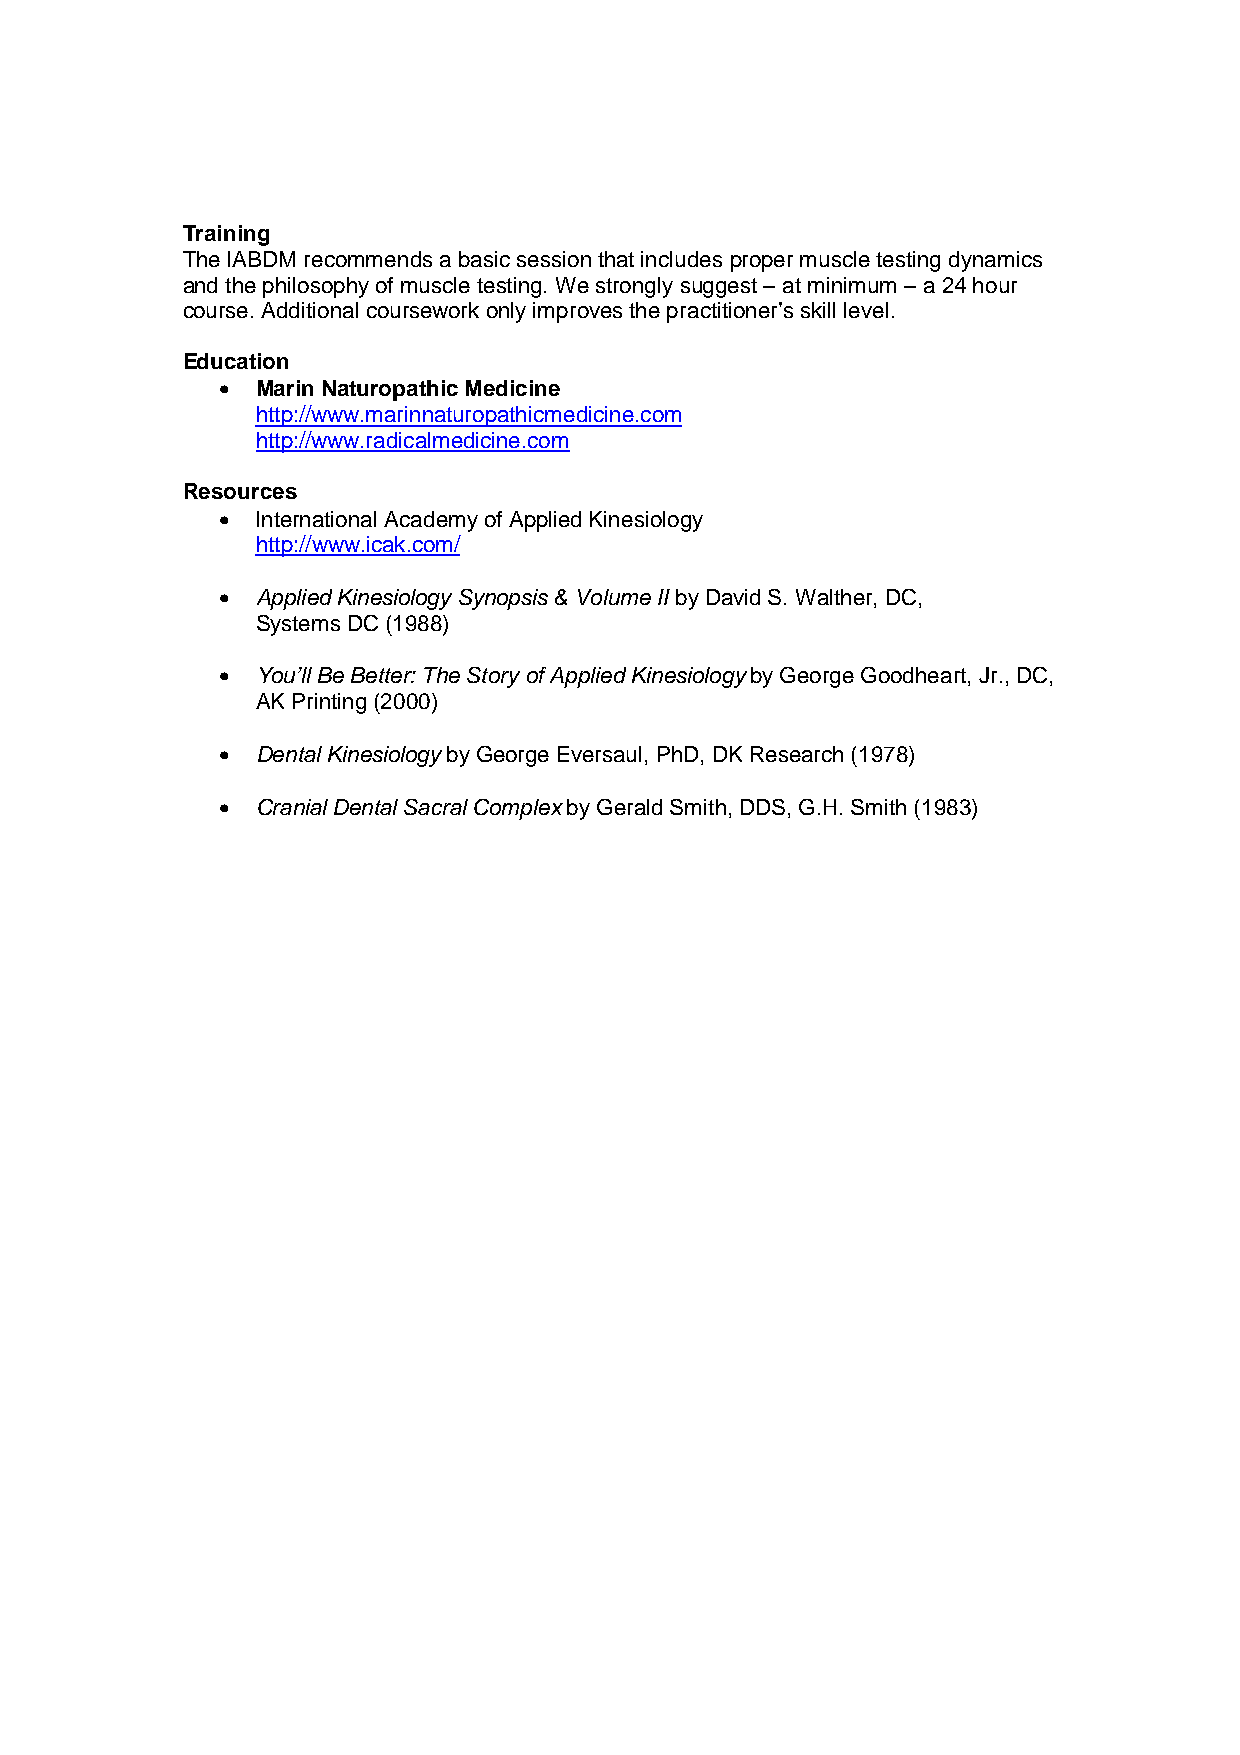
Training
 The IABDM recommends a basic session that includes proper muscle testing dynamics
 and the philosophy of muscle testing. We strongly suggest – at minimum – a 24 hour
 course. Additional coursework only improves the practitioner’s skill level.
 Education
 •  Marin Naturopathic Medicine
 http://www.marinnaturopathicmedicine.com
 http://www.radicalmedicine.com
 Resources
 •  International Academy of Applied Kinesiology
 http://www.icak.com/
 •  Applied Kinesiology Synopsis & Volume II by David S. Walther, DC,
 Systems DC (1988)
 •  You’ll Be Better: The Story of Applied Kinesiology by George Goodheart, Jr., DC,
 AK Printing (2000)
 •  Dental Kinesiology by George Eversaul, PhD, DK Research (1978)
 •  Cranial Dental Sacral Complex by Gerald Smith, DDS, G.H. Smith (1983)